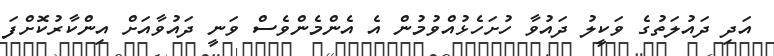
އަދި ދައުލަތުގެ ވަކީލު ދައުވާ ހުށަހެޅުއްވުމުން އެ އެންމެންވެސް ވަނީ ދައުވާއަށް އިންކާރުކޮށްފަ